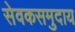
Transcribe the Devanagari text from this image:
सेवकसमुदाय